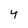
Character: 4